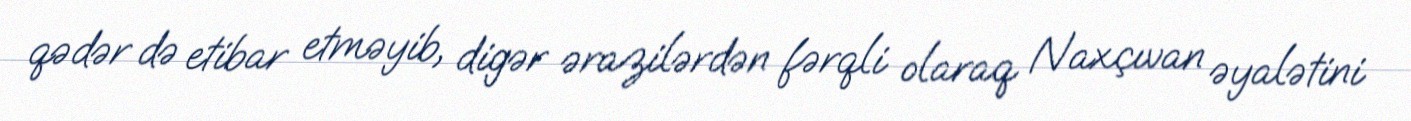
qədər də etibar etməyib, digər ərazilərdən fərqli olaraq Naxçıvan əyalətini